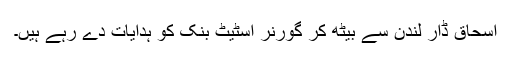
اسحاق ڈار لندن سے بیٹھ کر گورنر اسٹیٹ بنک کو ہدایات دے رہے ہیں۔